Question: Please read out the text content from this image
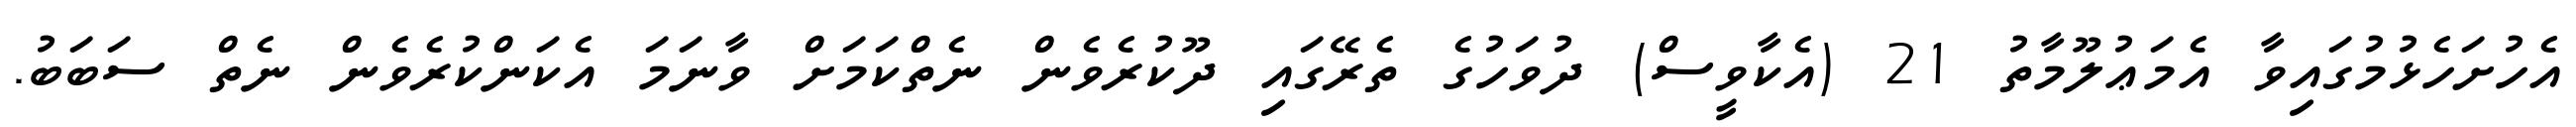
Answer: އެހުށަހެޅުމުގައިވާ އެމަޢުލޫމާތު 21 (އެކާވީސް) ދުވަހުގެ ތެރޭގައި ދޫކުރެވެން ނެތްކަމަށް ވާނަމަ އެކަންކުރެވެން ނެތް ސަބަބު.